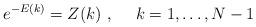
LaTeX: \begin{align*}e^{-E(k)} = Z(k) \ , \ \ \ \ k=1,\ldots ,N-1\end{align*}